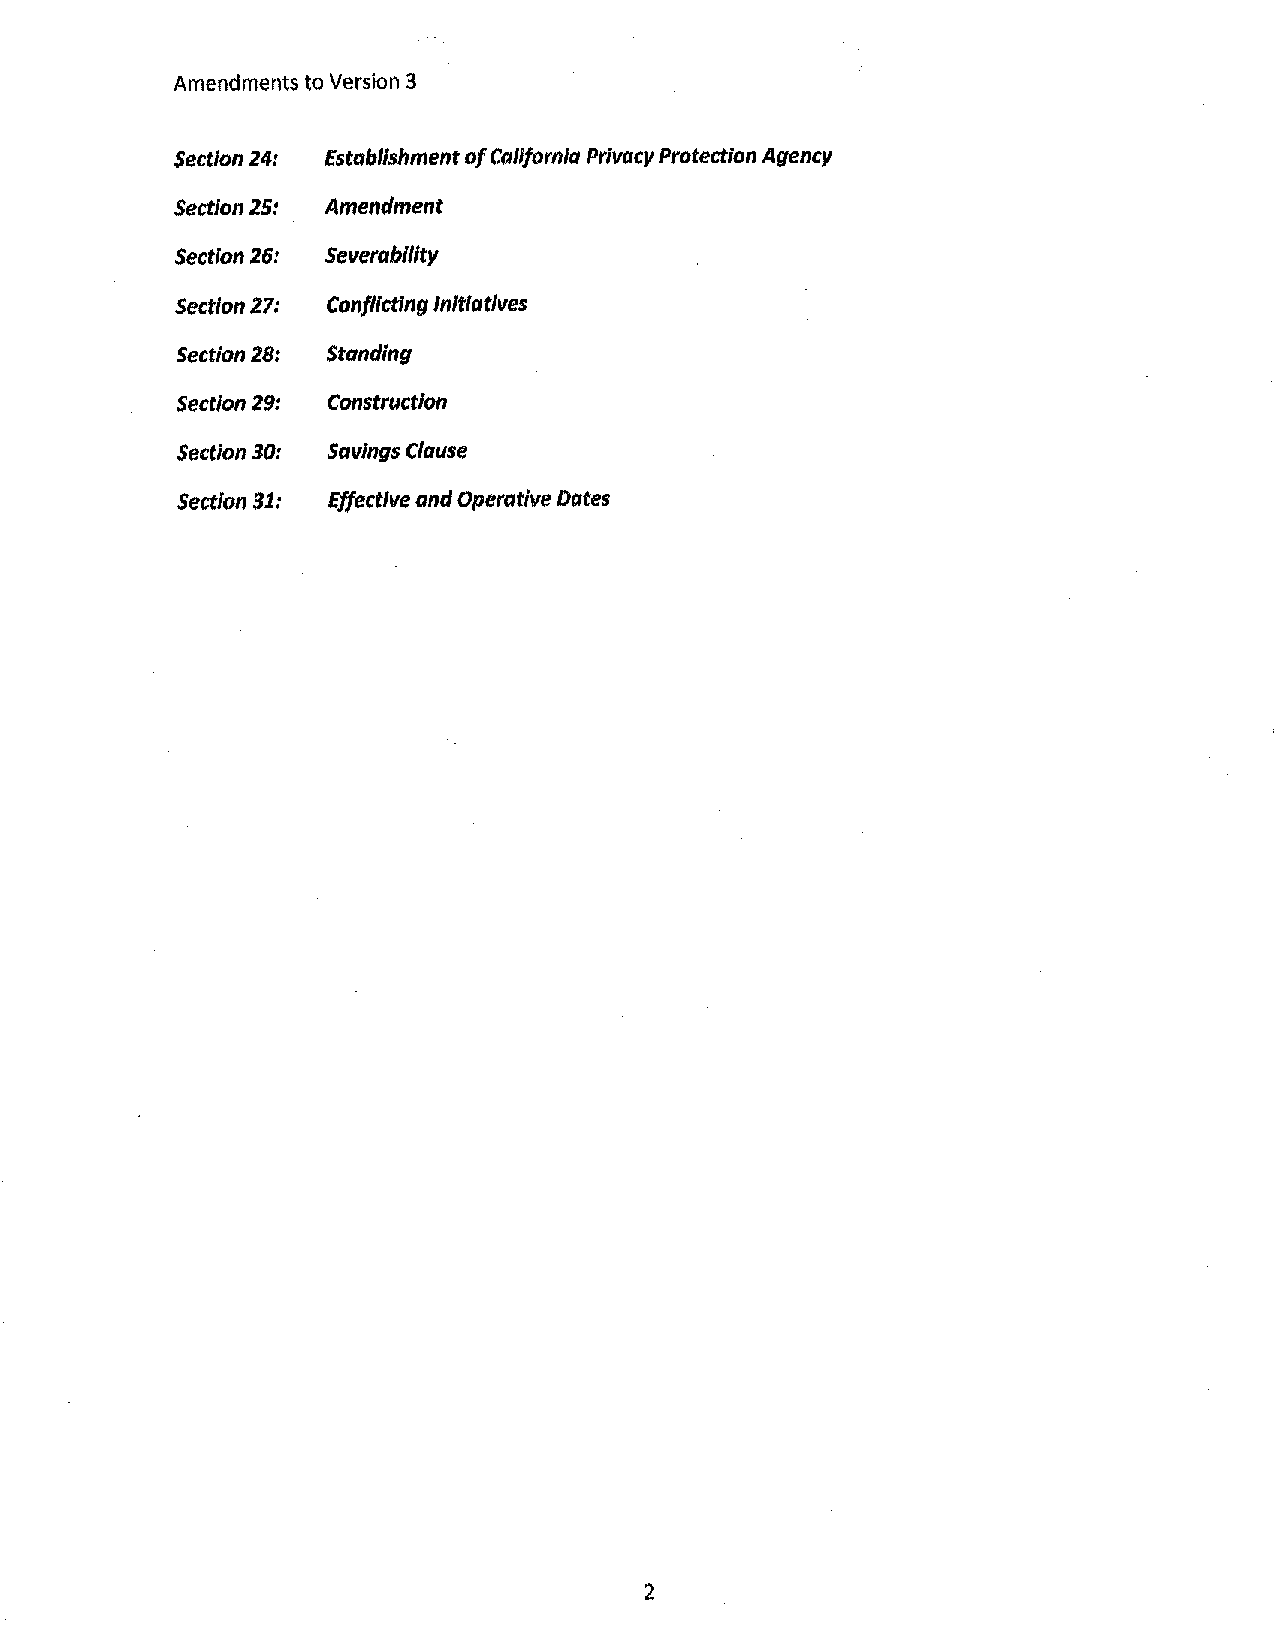
Amendments to Version 3
 Section 24: Establishment of California Privacy Protection Agency
 Section 25: Amendment
 Section 26: Severabil/ty
 Section 27: Canfllctlng Initiatives
 Section 28: Standing
 Section 29: Construction
 Section 30: Savings Clause
 Section 31: Effective and Operative Dates
 2